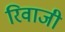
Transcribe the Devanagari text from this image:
रिवाजी